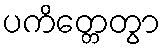
ပကိတ္တေတွာ